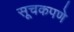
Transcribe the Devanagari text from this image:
सूचकपणे